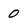
Character: 0